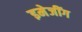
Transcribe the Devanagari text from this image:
इमेजींग